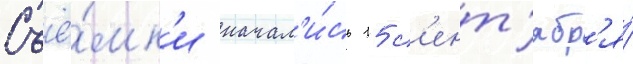
Съё́мк'и начал'и́сь 15 с'ент'ябр'я́